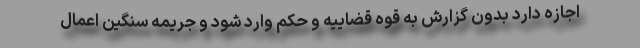
اجازه دارد بدون گزارش به قوه قضاییه و حکم وارد شود و جریمه سنگین اعمال